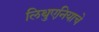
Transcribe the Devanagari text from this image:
लिथुएनियाचे